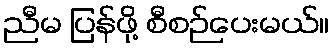
ညီမ ပြန်ဖို့ စီစဉ်ပေးမယ်။